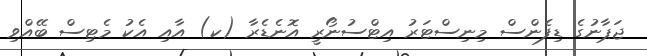
ޖަޕާނުގެ ޑިފެންސް މިނިސްޓަރު އިޓްސުނޯރީ އޮނެޑެރާ (ކ) އާއި އެކު މެޓިސް ބޭއްވި